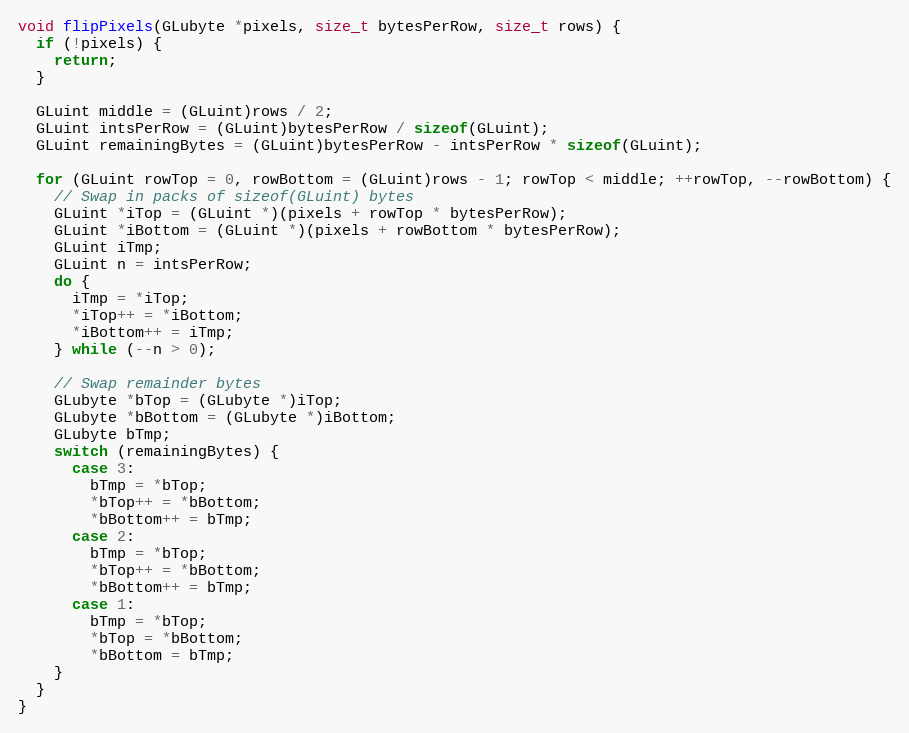
Language: C++
void flipPixels(GLubyte *pixels, size_t bytesPerRow, size_t rows) {
  if (!pixels) {
    return;
  }

  GLuint middle = (GLuint)rows / 2;
  GLuint intsPerRow = (GLuint)bytesPerRow / sizeof(GLuint);
  GLuint remainingBytes = (GLuint)bytesPerRow - intsPerRow * sizeof(GLuint);

  for (GLuint rowTop = 0, rowBottom = (GLuint)rows - 1; rowTop < middle; ++rowTop, --rowBottom) {
    // Swap in packs of sizeof(GLuint) bytes
    GLuint *iTop = (GLuint *)(pixels + rowTop * bytesPerRow);
    GLuint *iBottom = (GLuint *)(pixels + rowBottom * bytesPerRow);
    GLuint iTmp;
    GLuint n = intsPerRow;
    do {
      iTmp = *iTop;
      *iTop++ = *iBottom;
      *iBottom++ = iTmp;
    } while (--n > 0);

    // Swap remainder bytes
    GLubyte *bTop = (GLubyte *)iTop;
    GLubyte *bBottom = (GLubyte *)iBottom;
    GLubyte bTmp;
    switch (remainingBytes) {
      case 3:
        bTmp = *bTop;
        *bTop++ = *bBottom;
        *bBottom++ = bTmp;
      case 2:
        bTmp = *bTop;
        *bTop++ = *bBottom;
        *bBottom++ = bTmp;
      case 1:
        bTmp = *bTop;
        *bTop = *bBottom;
        *bBottom = bTmp;
    }
  }
}